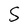
Character: S